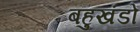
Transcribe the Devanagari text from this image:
बहुखंडों